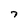
Character: 7